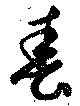
春